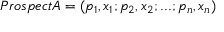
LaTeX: P r o s p e c t A = ( p _ { 1 } , x _ { 1 } ; p _ { 2 } , x _ { 2 } ; . . . ; p _ { n } , x _ { n } )